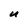
Character: U